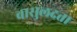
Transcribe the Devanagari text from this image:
वासुलदत्ता